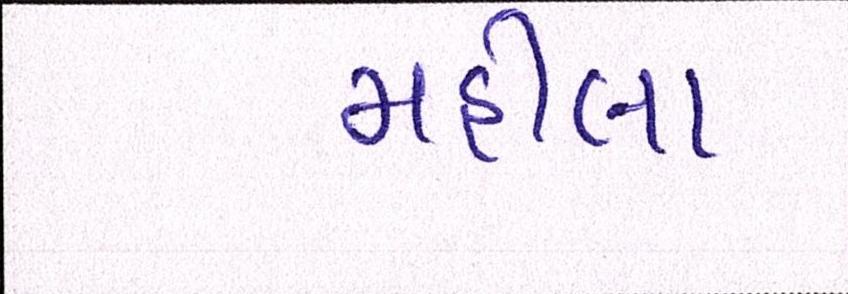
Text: મહીલા